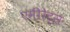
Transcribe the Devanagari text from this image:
एमीरेट्स